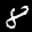
Label: 8